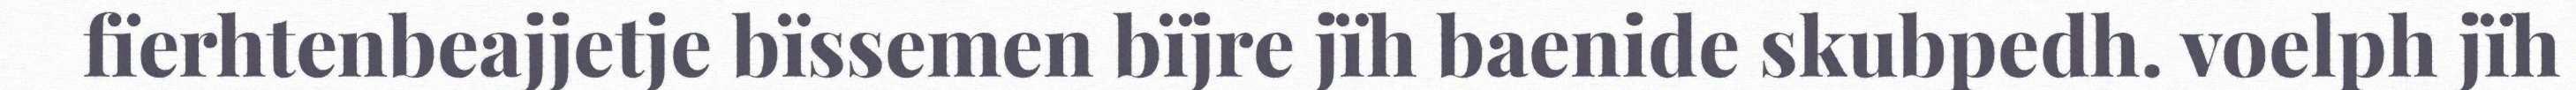
fïerhtenbeajjetje bïssemen bïjre jïh baenide skubpedh. voelph jïh